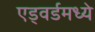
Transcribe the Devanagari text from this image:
एड्वर्डमध्ये